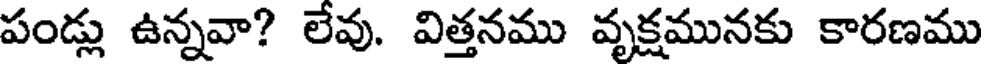
పండ్లు ఉన్నవా? లేవు. విత్తనము వృక్షమునకు కారణము